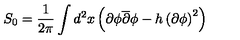
S _ { 0 } = \frac { 1 } { 2 \pi } \int d ^ { 2 } x \left( \partial \phi \overline { { \partial } } \phi - h \left( \partial \phi \right) ^ { 2 } \right)